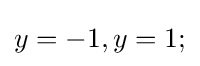
y=-1,y=1;